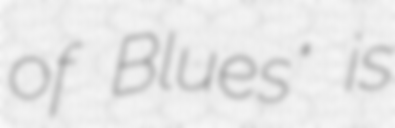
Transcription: of Blues" is